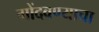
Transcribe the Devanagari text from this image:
गोंदवण्याचा